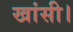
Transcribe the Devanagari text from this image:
खांसी।